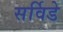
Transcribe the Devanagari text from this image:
सर्विडे